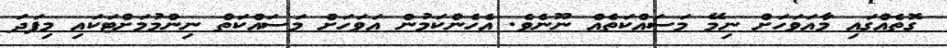
ގޮތެއްގައި މާއަވަހަށް ނިމޭ މަސައްކަތެއް ނޫނެވެ. އެހެންކަމުން އަވަހަށް މަސައްކަތް ނިންމުމަށްޓަކައި މިފަދަ